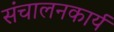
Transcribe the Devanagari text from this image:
संचालनकार्य